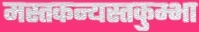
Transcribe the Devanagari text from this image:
मस्तकन्यस्तकुम्भा